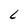
Character: L